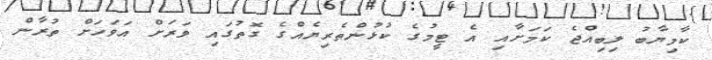
ކާމިޔާބު ލިބިއްޖެ ކަމަށާއި އެ ޓީމުގެ ކުޅުންތެރިޔެއްގެ ގޮތުގައި ވަރަށް އަވަހަށް ތުރާން